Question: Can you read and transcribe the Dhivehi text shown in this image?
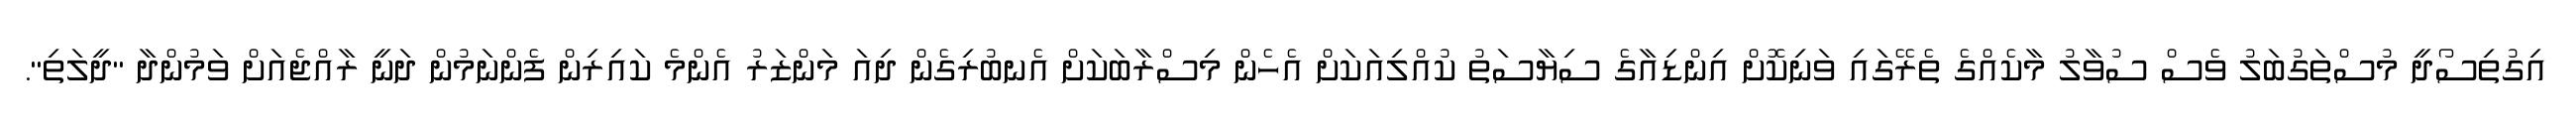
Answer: އިގުތިސޯދީ މުސްތަގުބަލު ވެސް ސުވާލު މާކެއްގެ ތެރޭގައި ވަނިކޮށް އިންޑިއާގެ ސިޔާސަތު ކުއްލިއަކަށް އެހެން މިސްރާބަކަށް އެނބުރިގެން ދިއަ މަންޒަރު އެންމެ ކައިރިން ފެންނަމުން ދަނީ ރާއްޖެއަށް ވަމުންދާ "ދީލަތި".